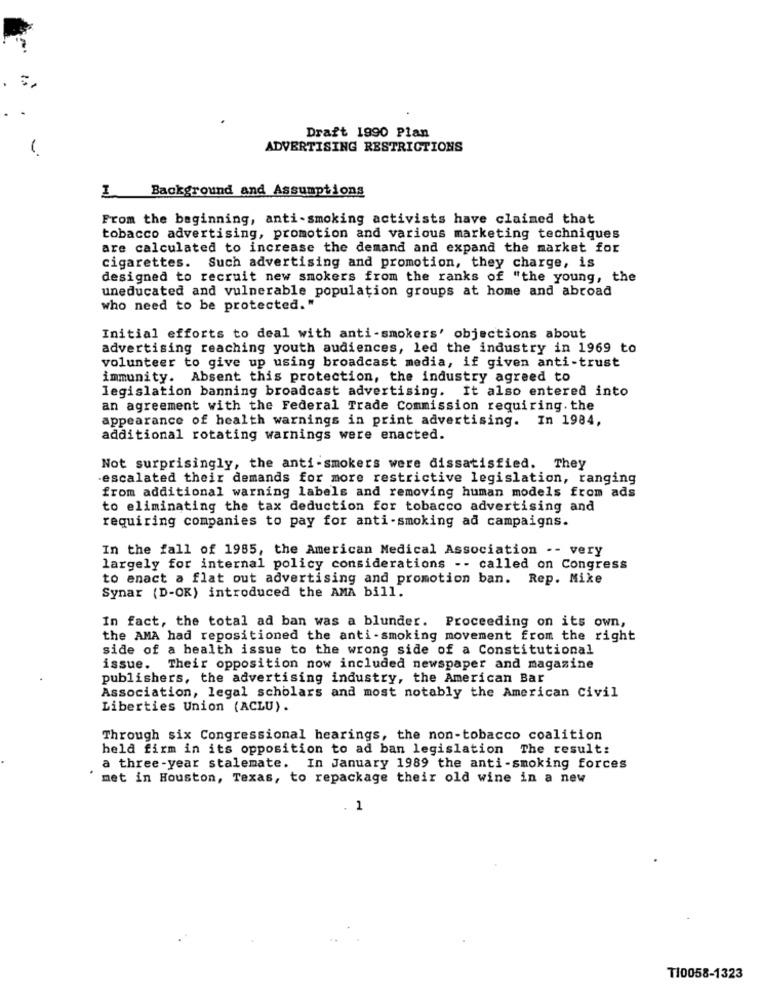
Draft 1990 Plan
ADVERTISING RESTRICTIONS
I Background and Assumptions
From the beginning, anti-smoking activists have claimed that
tobacco advertising, promotion and various marketing techniques
are calculated to increase the demand and expand the market for
cigarettes. Such advertising and promotion, they charge, is
designed to recruit new smokers from the ranks of "the young, the
uneducated and vulnerable population groups at home and abroad
who need to be protected."
Initial efforts to deal with anti-smokers' objections about
advertising reaching youth audiences, led the industry in 1969 to
volunteer to give up using broadcast media, if given anti-trust
immunity. Absent this protection, the industry agreed to
legislation banning broadcast advertising. It also entered into
an agreement with the Federal Trade Commission requiring. the
appearance of health warnings in print advertising. In 1984,
additional rotating warnings were enacted.
Not surprisingly, the anti-smokers were dissatisfied. They
-escalated their demands for more restrictive legislation, ranging
from additional warning labels and removing human models from ads
to eliminating the tax deduction for tobacco advertising and
requiring companies to pay for anti-smoking ad campaigns.
In the fall of 1985, the American Medical Association -- very
largely for internal policy considerations -- called on Congress
to enact a flat out advertising and promotion ban. Rep. Mike
Synar (D-OK) introduced the AMA bill.
In fact, the total ad ban was a blunder. Proceeding on its own,
the AMA had repositioned the anti-smoking movement from the right
side of a health issue to the wrong side of a Constitutional
issue.
Their opposition now included newspaper and magazine
publishers, the advertising industry, the American Bar
Association, legal scholars and most notably the American Civil
Liberties Union (ACLU).
Through six Congressional hearings, the non-tobacco coalition
held firm in its opposition to ad ban legislation The result:
a three-year stalemate. In January 1989 the anti-smoking forces
met in Houston, Texas, to repackage their old wine in a new
1
T10058-1323